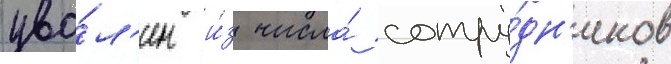
уво́л'ен и́з числа́ сотру́дн'иков